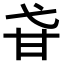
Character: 𤮼